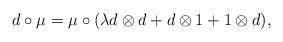
LaTeX: \begin{gather*}d \circ \mu = \mu \circ (\lambda d\otimes d + d\otimes 1 + 1\otimes d) ,\end{gather*}